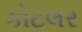
કોટલર